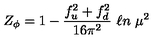
Z _ { \phi } = 1 - { \frac { f _ { u } ^ { 2 } + f _ { d } ^ { 2 } } { 1 6 \pi ^ { 2 } } } \ \ell n \ \mu ^ { 2 }